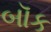
બૉક